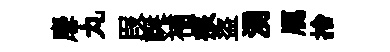
麐丸叚誕補痕盜湧鴈捨